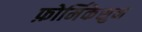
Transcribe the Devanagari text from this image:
फ़ोर्मिकेसुन